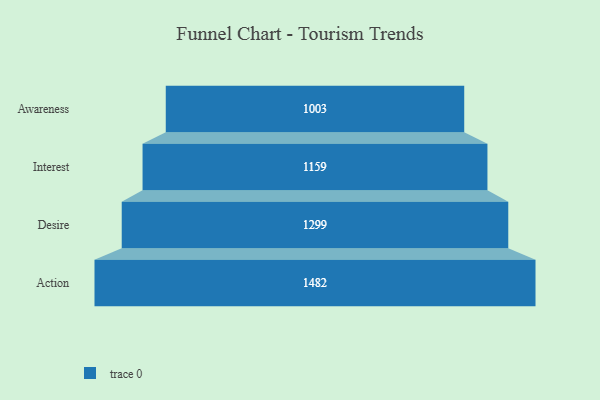
{"axis": {"x": "Stage", "y": "Value"}, "legend": [""], "data": [{"x": "Awareness", "y": 1003.0, "type": ""}, {"x": "Interest", "y": 1159.0, "type": ""}, {"x": "Desire", "y": 1299.0, "type": ""}, {"x": "Action", "y": 1482.0, "type": ""}]}